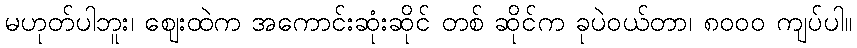
မဟုတ်ပါဘူး၊ ဈေးထဲက အကောင်းဆုံးဆိုင် တစ် ဆိုင်က ခုပဲဝယ်တာ၊ ၈၀၀၀ ကျပ်ပါ။